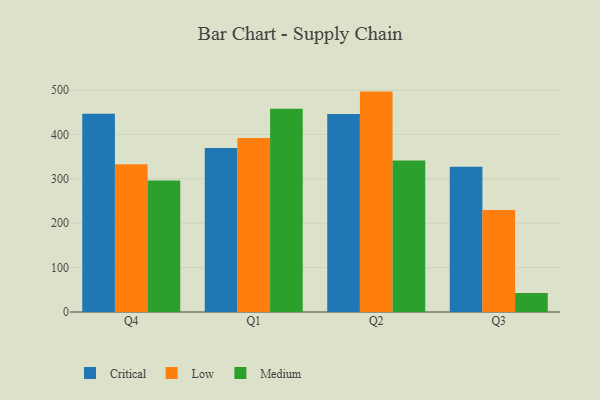
{"axis": {"x": "Quarter", "y": "Demand Index"}, "legend": ["Critical", "Low", "Medium"], "data": [{"x": "Q4", "y": 446.7, "type": "Critical"}, {"x": "Q4", "y": 332.8, "type": "Low"}, {"x": "Q4", "y": 296.0, "type": "Medium"}, {"x": "Q1", "y": 369.5, "type": "Critical"}, {"x": "Q1", "y": 392.1, "type": "Low"}, {"x": "Q1", "y": 458.0, "type": "Medium"}, {"x": "Q2", "y": 446.1, "type": "Critical"}, {"x": "Q2", "y": 496.5, "type": "Low"}, {"x": "Q2", "y": 341.3, "type": "Medium"}, {"x": "Q3", "y": 327.3, "type": "Critical"}, {"x": "Q3", "y": 229.5, "type": "Low"}, {"x": "Q3", "y": 42.9, "type": "Medium"}]}